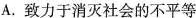
A.致力于消灭社会的不平等